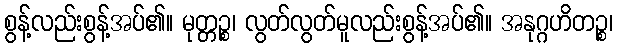
စွန့်လည်းစွန့်အပ်၏။ မုတ္တဉ္စ၊ လွတ်လွတ်မူလည်းစွန့်အပ်၏။ အနုဂ္ဂဟိတဉ္စ၊